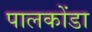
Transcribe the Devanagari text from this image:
पालकोंडा